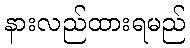
နားလည်ထားရမည်